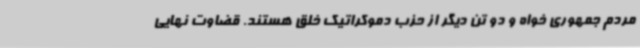
مردم جمهوری خواه و دو تن دیگر از حزب دموکراتیک خلق هستند. قضاوت نهایی